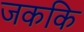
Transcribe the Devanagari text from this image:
जककि